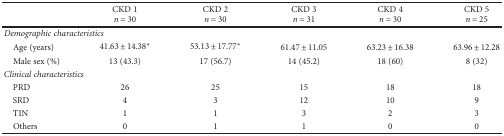
<table><thead><tr><td></td><td><b>CKD 1<i>n</i> = 30</b></td><td><b>CKD 2<i>n</i> = 30</b></td><td><b>CKD 3<i>n</i> = 31</b></td><td><b>CKD 4<i>n</i> = 30</b></td><td><b>CKD 5<i>n</i> = 25</b></td></tr></thead><tbody><tr><td colspan="6"><i>Demographic characteristics</i></td></tr><tr><td> Age (years)</td><td>41.63 ± 14.38<sup>∗</sup></td><td>53.13 ± 17.77<sup>∗</sup></td><td>61.47 ± 11.05</td><td>63.23 ± 16.38</td><td>63.96 ± 12.28</td></tr><tr><td> Male sex (%)</td><td>13 (43.3)</td><td>17 (56.7)</td><td>14 (45.2)</td><td>18 (60)</td><td>8 (32)</td></tr><tr><td colspan="6"><i>Clinical characteristics</i></td></tr><tr><td> PRD</td><td>26</td><td>25</td><td>15</td><td>18</td><td>18</td></tr><tr><td> SRD</td><td>4</td><td>3</td><td>12</td><td>10</td><td>9</td></tr><tr><td> TIN</td><td>1</td><td>1</td><td>3</td><td>2</td><td>3</td></tr><tr><td> Others</td><td>0</td><td>1</td><td>1</td><td>0</td><td>0</td></tr></tbody></table>